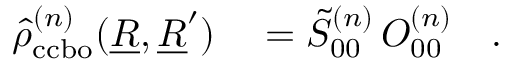
\begin{array} { r l } { \hat { \rho } _ { \mathrm { c c b o } } ^ { ( n ) } ( \underline { { R } } , \underline { { R } } ^ { \prime } ) } & { { } = \tilde { S } _ { 0 0 } ^ { ( n ) } \, O _ { 0 0 } ^ { ( n ) } \quad . } \end{array}